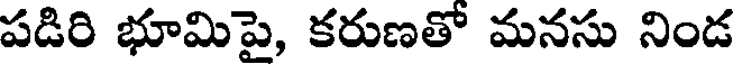
పడిరి భూమిపై, కరుణతో మనసు నిండ